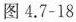
图4.7-18